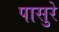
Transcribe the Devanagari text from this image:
पासुरे